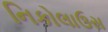
નિકોલાઉસ